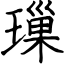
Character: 璅